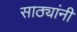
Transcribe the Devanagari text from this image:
साठ्यांनी